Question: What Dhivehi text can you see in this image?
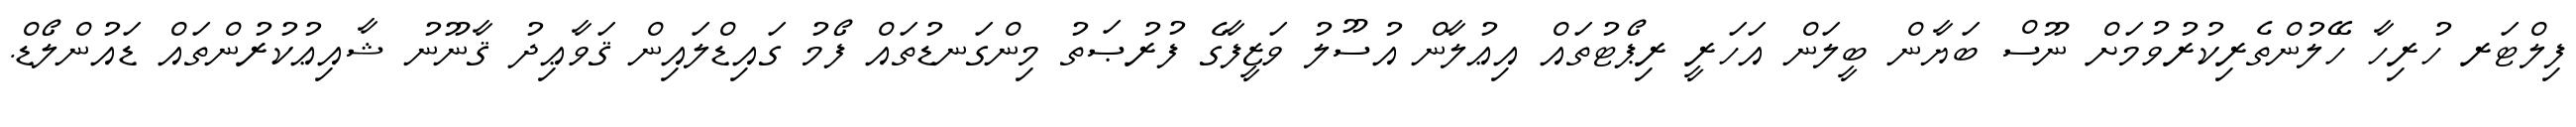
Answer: ފިލްޓަރ ހުރިހާ ހޭލުންތެރިކުރުވުމަށް ނޫސް ބަޔާން ބީލަން އަހަރީ ރިޕޯޓުތައް އިޢުލާން އުސޫލު ވަޒީފާގެ ފުރުޞަތު މިންގަނޑުތައް ފޯމު ގައިޑްލައިން ޤަވާޢިދު ޤާނޫނު ޝާއިޢުކުރުންތައް ޑައުންލޯޑް.